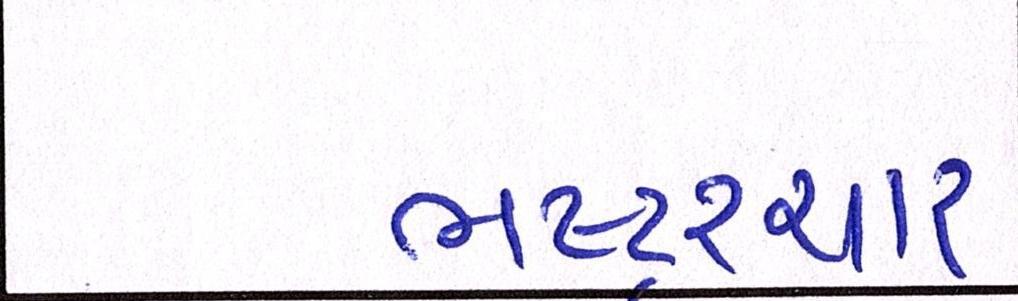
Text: ભષ્ટ્ર્ચાર